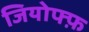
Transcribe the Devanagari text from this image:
जियोफ्फ़